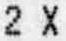
2 X